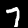
Label: 7